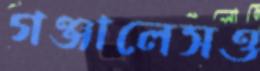
গঞ্জালেসও